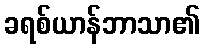
ခရစ်ယာန်ဘာသာ၏